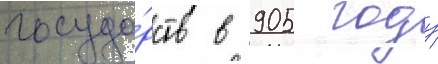
госуда́рств в 905 году